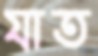
যাত